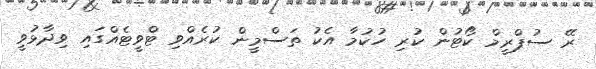
ރޭ ސުޕްރީމް ކޯޓުން ކުރި ހުކުމާ އެކު ތަސްމީން ކުރެއްވި ޓްވީޓެއްގައި ވިދާޅުވީ